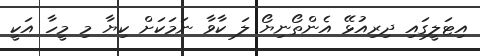
އިޓަލީގައި ދިރިއުޅޭ އެންތޯނިޔޯ ލަ ކާވާ ނަމަކަށް ކިޔާ މި މީހާ އަކީ